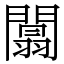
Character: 闒